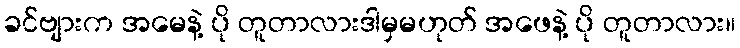
ခင်ဗျားက အမေနဲ့ ပို တူတာလားဒါမှမဟုတ် အဖေနဲ့ ပို တူတာလား။